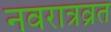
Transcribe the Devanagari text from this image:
नवरात्रव्रत